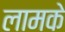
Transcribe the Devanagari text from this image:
लामके